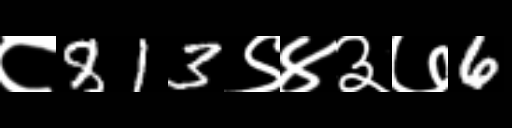
Text: ८813९४३७6